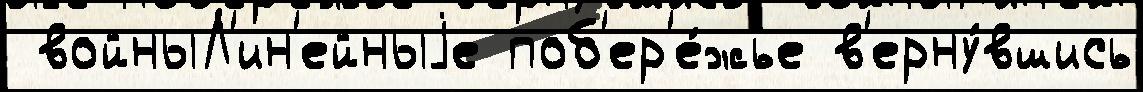
 войныЛ'ин'ейныjе поб'ер'е́жье в'ерну́вшись